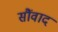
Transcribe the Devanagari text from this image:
सौंवाद